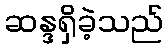
ဆန္ဒရှိခဲ့သည်